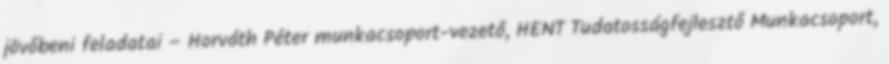
jövőbeni feladatai – Horváth Péter munkacsoport-vezető, HENT Tudatosságfejlesztő Munkacsoport,